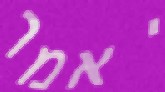
יאמר